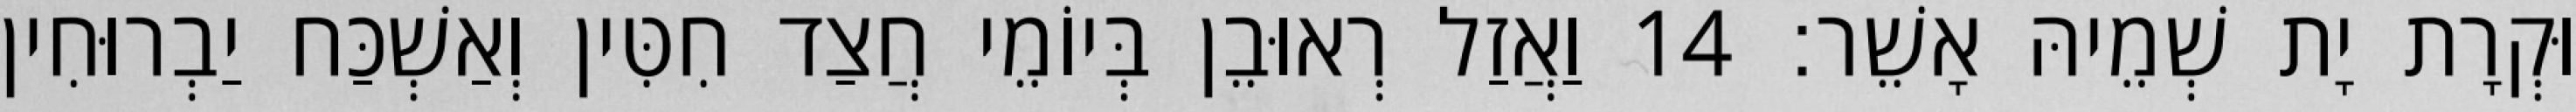
וּקְרָת יָת שְׁמֵיהּ אָשֵׁר׃ 14 וַאֲזַל רְאוּבֵן בְּיוֹמֵי חֲצַד חִטִּין וְאַשְׁכַּח יַבְרוּחִין